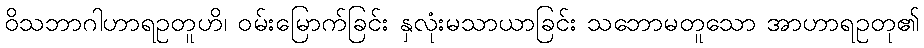
ဝိသဘာဂါဟာရဥတူဟိ၊ ဝမ်းမြောက်ခြင်း နှလုံးမသာယာခြင်း သဘောမတူသော အာဟာရဥတု၏